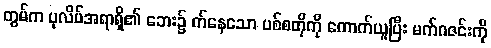
တွမ်က ပုလိပ်အရာရှိ၏ ဘေး၌ က်နေသော ပစ်စတိုကို ကောက်ယူပြီး မက်ဂဇင်းကို